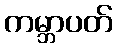
ကမ္ဘာပတ်